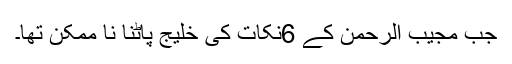
جب مجیب الرحمٰن کے 6نکات کی خلیج پاٹنا نا ممکن تھا۔